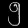
Digit: ၅